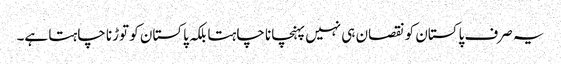
یہ صرف پاکستان کو نقصان ہی نہیں پہنچانا چاہتا بلکہ پاکستان کو توڑنا چاہتا ہے۔